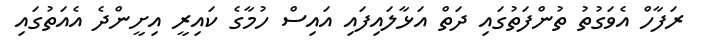
ރަފާހް އެވަގުތު ތުންފަތުގައި ދަތް އަޅާލައިފައި އައިސް ހުމާގެ ކައިރީ އިށީންދެ އެއަތުގައި